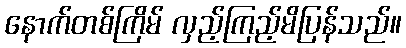
နောက်တစ်ကြိမ် လှည့်ကြည့်မိပြန်သည်။